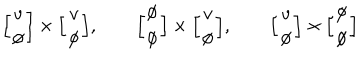
LaTeX: \Big [ \begin{array} { c } { { v } } \\ { { \emptyset } } \\ \end{array} \Big ] \times \Big [ \begin{array} { c } { { v } } \\ { { \emptyset } } \\ \end{array} \Big ] , \qquad \Big [ \begin{array} { c } { { \emptyset } } \\ { { \emptyset } } \\ \end{array} \Big ] \times \Big [ \begin{array} { c } { { v } } \\ { { \emptyset } } \\ \end{array} \Big ] , \qquad \Big [ \begin{array} { c } { { v } } \\ { { \emptyset } } \\ \end{array} \Big ] \times \Big [ \begin{array} { c } { { \emptyset } } \\ { { \emptyset } } \\ \end{array} \Big ]